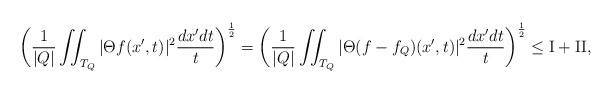
\begin{align*}\bigg(\frac{1}{|Q|} \iint_{T_Q} |\Theta f(x', t)|^2 \frac{dx' dt}{t}\bigg)^{\frac12} = \bigg(\frac{1}{|Q|} \iint_{T_Q} |\Theta (f-f_Q)(x', t)|^2 \frac{dx' dt}{t}\bigg)^{\frac12} \le {\rm I} + {\rm II}, \end{align*}